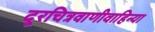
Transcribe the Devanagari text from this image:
दूरचित्रवाणीवाहिन्या